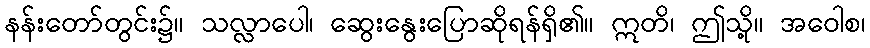
နန်းတော်တွင်း၌။ သလ္လာပေါ၊ ဆွေးနွေးပြောဆိုရန်ရှိ၏။ ဣတိ၊ ဤသို့။ အဝေါစ၊